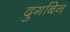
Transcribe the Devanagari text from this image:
दुर्गाबेन